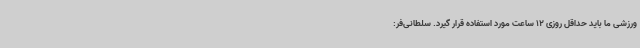
ورزشی ما باید حداقل روزی 12 ساعت مورد استفاده قرار گیرد. سلطانی‌فر: